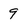
Character: 9